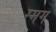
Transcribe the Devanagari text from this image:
स्मग